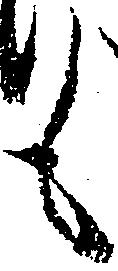
も